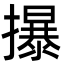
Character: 㩧